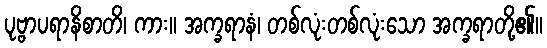
ပုဗ္ဗာပရာနိစာတိ၊ ကား။ အက္ခရာနံ၊ တစ်လုံးတစ်လုံးသော အက္ခရာတို့၏။